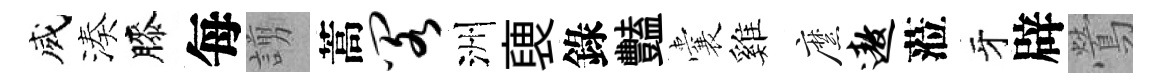
威湊膝每謭蒿阁洲褏錄豔囊雞縻遨蒞牙辟鶯